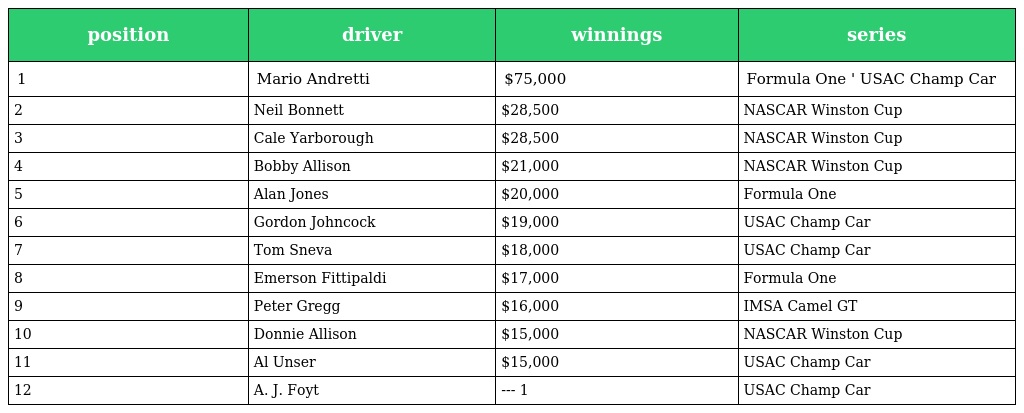
| position | driver | winnings | series |
 | --- | --- | --- | --- |
 | 1 | Mario Andretti | $75,000 | Formula One ' USAC Champ Car |
 | 2 | Neil Bonnett | $28,500 | NASCAR Winston Cup |
 | 3 | Cale Yarborough | $28,500 | NASCAR Winston Cup |
 | 4 | Bobby Allison | $21,000 | NASCAR Winston Cup |
 | 5 | Alan Jones | $20,000 | Formula One |
 | 6 | Gordon Johncock | $19,000 | USAC Champ Car |
 | 7 | Tom Sneva | $18,000 | USAC Champ Car |
 | 8 | Emerson Fittipaldi | $17,000 | Formula One |
 | 9 | Peter Gregg | $16,000 | IMSA Camel GT |
 | 10 | Donnie Allison | $15,000 | NASCAR Winston Cup |
 | 11 | Al Unser | $15,000 | USAC Champ Car |
 | 12 | A. J. Foyt | --- 1 | USAC Champ Car |